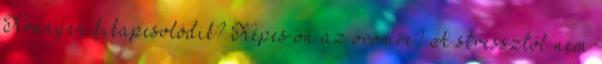
Könnyen kikapcsolódik? Képes ön az örömre? A stressztől nem